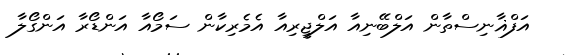
އަފްޣާނިސްތާން އަލްބޭނިއާ އަލްޖީރިއާ އެމެރިކާން ސަމޯއާ އަންޑޯރާ އަންގޯލާ